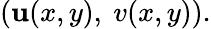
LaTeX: (\mathbf{u}(x,y),\ v(x,y)).